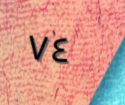
٧٤